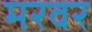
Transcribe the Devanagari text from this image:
मरवर